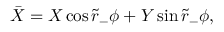
\bar { X } = X \cos \tilde { r } _ { - } \phi + Y \sin \tilde { r } _ { - } \phi ,